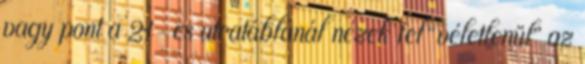
vagy pont a 21-es utcatáblánál nézek fel “véletlenül” az